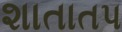
શાતાતપ